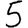
Digit: 5